Report on vaccination in Madras 1895-1903 - 1895-1903
Year: 1895
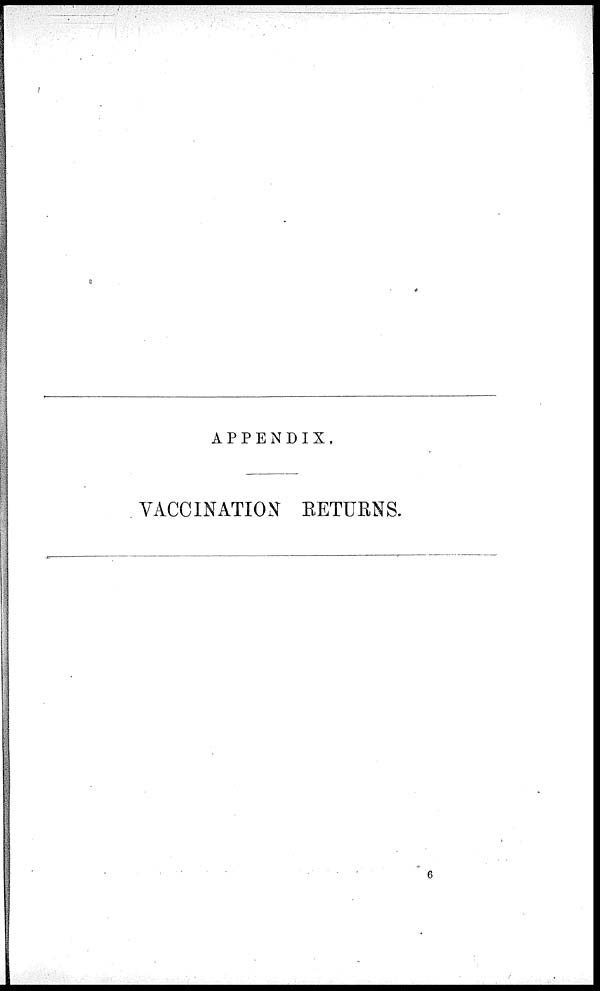
APPENDIX.
VACCINATION RETURNS.
6